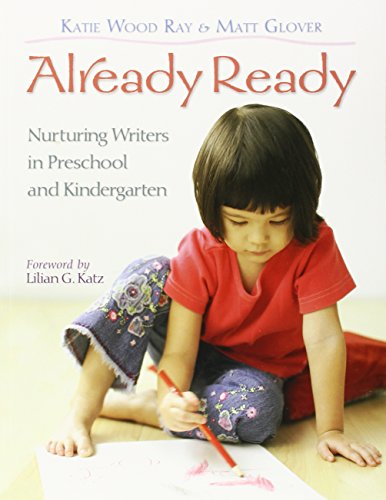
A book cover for Already Ready: Nurturing Writers in Preschool and Kindergarten; Katie Wood Ray; Education & Teaching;